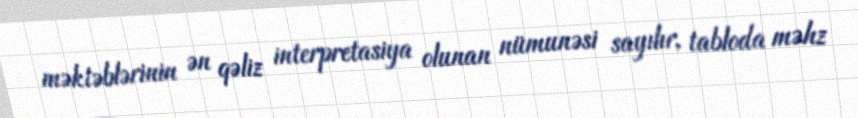
məktəblərinin ən qəliz interpretasiya olunan nümunəsi sayılır, tabloda məhz